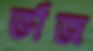
ভাঁজ